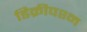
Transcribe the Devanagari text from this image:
डिक्रीपश्न